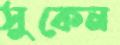
সুকেন